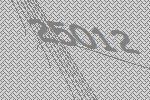
25012